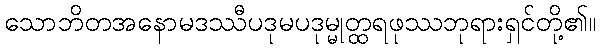
သောဘိတအနောမဒဿီပဒုမပဒုမ္မုတ္ထရဖုဿဘုရားရှင်တို့၏။